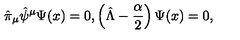
\hat { \pi } _ { \mu } \hat { \psi } ^ { \mu } \Psi ( x ) = 0 , \left( \hat { \Lambda } - \frac { \alpha } { 2 } \right) \Psi ( x ) = 0 ,